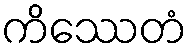
ကိဿေတံ